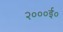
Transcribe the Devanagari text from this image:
२०००ई०